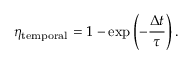
\eta _ { \mathrm { t e m p o r a l } } = 1 - \exp \left( - \frac { \Delta t } { \tau } \right) .